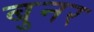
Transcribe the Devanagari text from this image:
बुनर